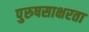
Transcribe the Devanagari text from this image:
पुरुषसाक्षरता